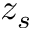
z _ { s }